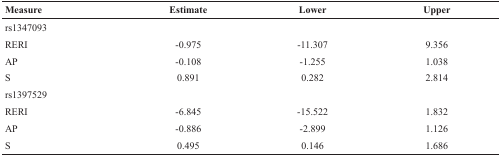
<table><thead><tr><td><b>Measure</b></td><td><b>Estimate</b></td><td><b>Lower</b></td><td><b>Upper</b></td></tr></thead><tbody><tr><td>rs1347093</td><td></td><td></td><td></td></tr><tr><td>RERI</td><td>-0.975</td><td>-11.307</td><td>9.356</td></tr><tr><td>AP</td><td>-0.108</td><td>-1.255</td><td>1.038</td></tr><tr><td>S</td><td>0.891</td><td>0.282</td><td>2.814</td></tr><tr><td>rs1397529</td><td></td><td></td><td></td></tr><tr><td>RERI</td><td>-6.845</td><td>-15.522</td><td>1.832</td></tr><tr><td>AP</td><td>-0.886</td><td>-2.899</td><td>1.126</td></tr><tr><td>S</td><td>0.495</td><td>0.146</td><td>1.686</td></tr></tbody></table>